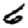
Digit: 6